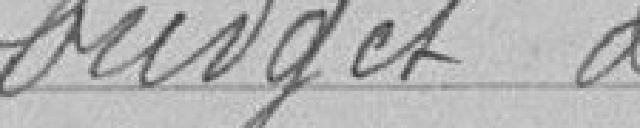
budget de